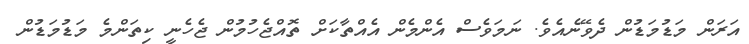
އަރަން މަޑުމަޑުން ދެވޭނެއެވެ. ނަމަވެސް އެންމެން އެއްތާކަށް ތޮއްޖެހުމުން ޖެހެނީ ކިތަންމެ މަޑުމަޑުން